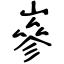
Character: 嵾